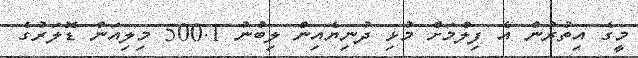
މީގެ އިތުރުން އެ ފިލްމަށް މުޅި ދުނިޔެއިން ލިބުނު 500.1 މިލިއަން ޑޮލަރުގެ